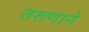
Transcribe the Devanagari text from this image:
तरूणाने